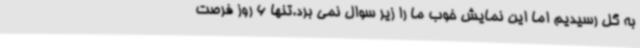
به گل رسیدیم اما این نمایش خوب ما را زیر سوال نمی برد.تنها 6 روز فرصت